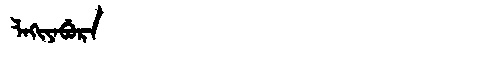
Manchu: ᠯᠠᡴᡳᠶᠠᠪᡠᡵᠠ
Romanization: LAKIYABURA